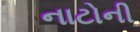
નાટોની